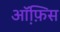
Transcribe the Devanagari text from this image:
ऑ़फ़िस